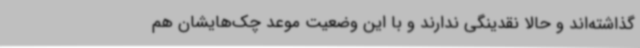
گذاشته‌اند و حالا نقدینگی ندارند و با این وضعیت موعد چک‌هایشان هم